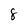
Character: 8